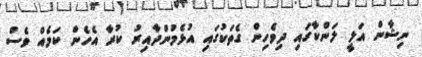
ނިޝާން އަލީ ލަންކާގައި ދިވެހިން ގެތަކުގައި އުޅެމުންދާއިރު ކުރާ އެހެން ކަމެއް ވެސް